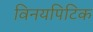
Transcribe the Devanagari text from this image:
विनयपिटिक